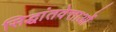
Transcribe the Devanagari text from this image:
सिद्धांतवेत्ताओं